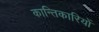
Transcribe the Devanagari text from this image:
कान्तिकारियों